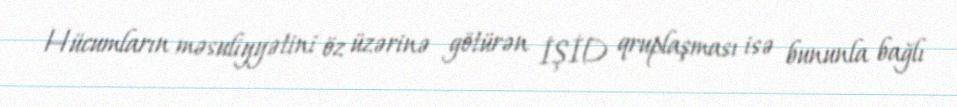
Hücumların məsuliyyətini öz üzərinə götürən İŞİD qruplaşması isə bununla bağlı